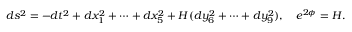
d s ^ { 2 } = - d t ^ { 2 } + d x _ { 1 } ^ { 2 } + \cdots + d x _ { 5 } ^ { 2 } + H ( d y _ { 6 } ^ { 2 } + \cdots + d y _ { 9 } ^ { 2 } ) , \ \ \ e ^ { 2 \phi } = H .